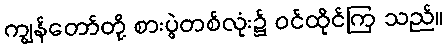
ကျွန်တော်တို့ စားပွဲတစ်လုံး၌ ဝင်ထိုင်ကြ သည်။